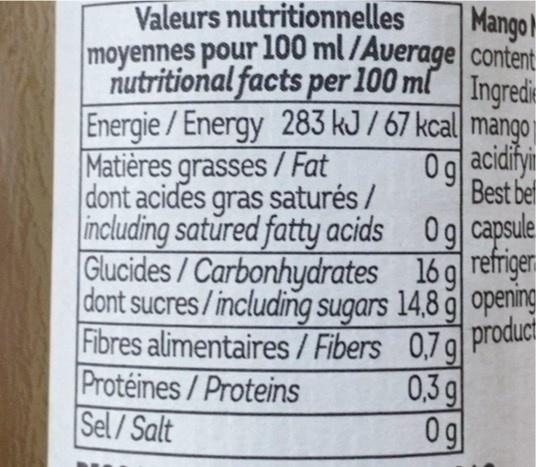
Valeurs nutritionnelles moyennes pour 100 ml/Average nutritional facts per 100 ml Ingredie
Mango content
Energie/Energy 283 kJ / 67 kcal mango Matières grasses/Fat dont acides gras saturés / including satured fatty acids
Og acidifyi Best bef
Glucides/Carbonhydrates
0g capsule 16g refriger
dont sucres/including sugars 14.8 g opening
Fibres alimentaires/Fibers
0,7 g
product
Protéines/Proteins
Sel/Salt
0,3 g
Og